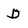
Character: D